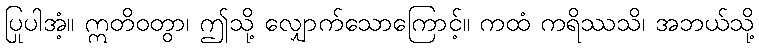
ပြုပါအံ့။ ဣတိဝတွာ၊ ဤသို့ လျှောက်သောကြောင့်။ ကထံ ကရိဿသိ၊ အဘယ်သို့